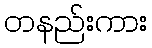
တနည်းကား